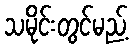
သမိုင်းတွင်မည့်